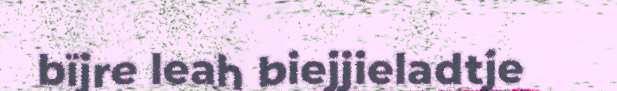
bïjre leah biejjieladtje